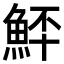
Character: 𩶨